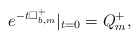
\begin{align*} e^{-t\Box^+_{b,m}}|_{t=0}=Q^+_m,\end{align*}